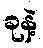
ခုနဲ့